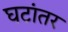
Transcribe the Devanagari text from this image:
घटांतर